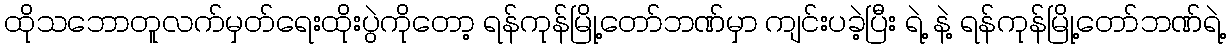
ထိုသဘောတူလက်မှတ်ရေးထိုးပွဲကိုတော့ ရန်ကုန်မြို့တော်ဘဏ်မှာ ကျင်းပခဲ့ပြီး ရဲ့ နဲ့ ရန်ကုန်မြို့တော်ဘဏ်ရဲ့